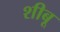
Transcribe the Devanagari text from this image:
शीबू